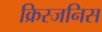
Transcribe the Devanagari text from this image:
क्रिस्जनिस